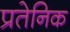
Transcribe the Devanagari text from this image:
प्रतेनिक